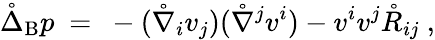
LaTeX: \mathring{\Delta}_{\mathrm{B}}p\ =\ -(\mathring{\nabla}_{i}v_{j})(\mathring{\nabla}^{j}v^{i})-v^{i}v^{j}\mathring{R}_{ij}~,